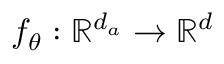
f _ { \theta } : \mathbb { R } ^ { d _ { a } } \rightarrow \mathbb { R } ^ { d }